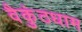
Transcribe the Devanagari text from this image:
वैकुंठधाम